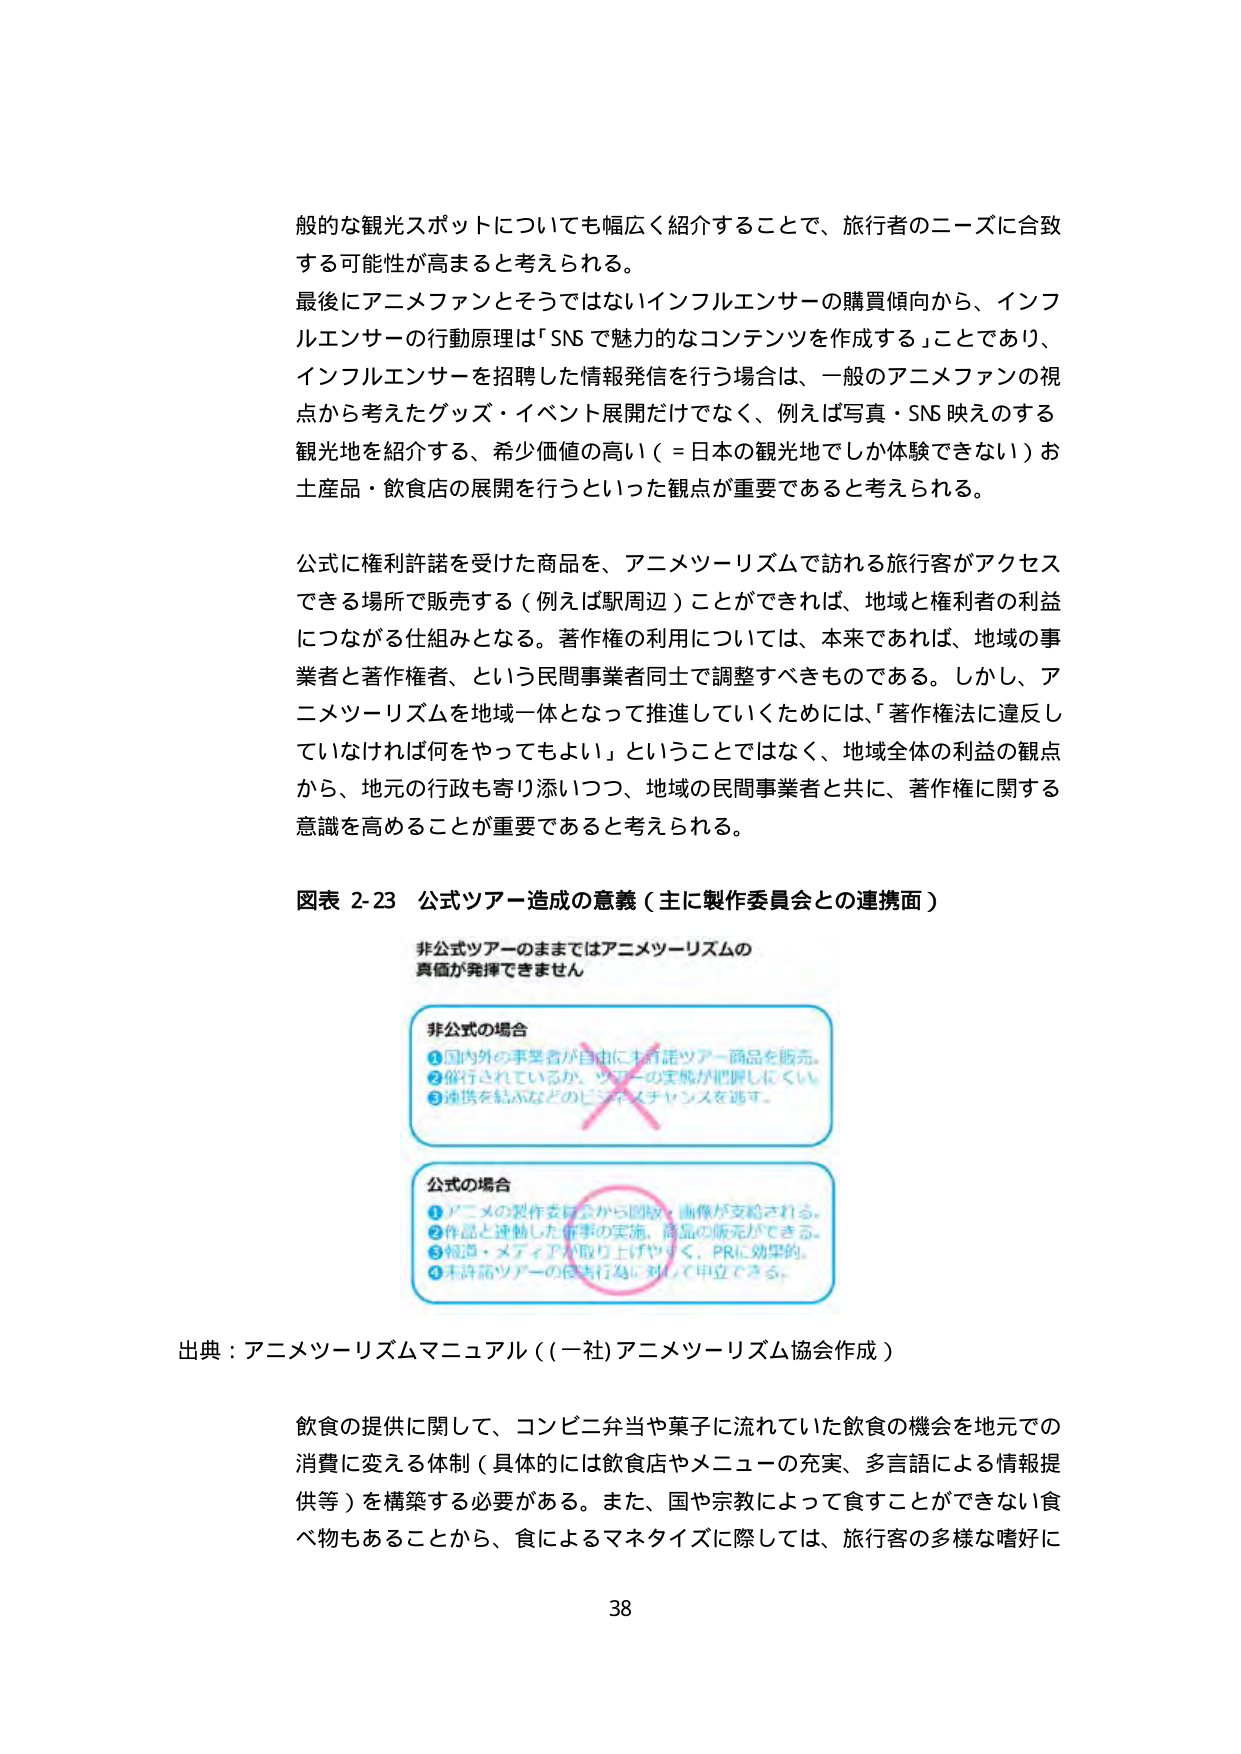
般的な観光スポットについても幅広く紹介することで、旅行者のニーズに合致する可能性が高まると考えられる。

最後にアニメファンとそうではないインフルエンサーの購買傾向から、インフルエンサーの行動原理は「SNS で魅力的なコンテンツを作成する」ことであり、インフルエンサーを招聘した情報発信を行う場合は、一般のアニメファンの視点から考えたグッズ・イベント展開だけでなく、例えば写真・SNS 映えのする観光地を紹介する、希少価値の高い（＝日本の観光地でしか体験できない）お土産品・飲食店の展開を行うといった観点が重要であると考えられる。

公式に権利許諾を受けた商品を、アニメツーリズムで訪れる旅行客がアクセスできる場所で販売する（例えば駅周辺）ことができれば、地域と権利者の利益につながる仕組みとなる。著作権の利用については、本来であれば、地域の事業者と著作権者、という民間事業者同士で調整すべきものである。しかし、アニメツーリズムを地域一体となって推進していくためには、「著作権法に違反していなければ何をやってもよい」ということではなく、地域全体の利益の観点から、地元の行政も寄り添いつつ、地域の民間事業者と共に、著作権に関する意識を高めることが重要であると考えられる。

図表 2-23 公式ツアー造成の意義（主に製作委員会との連携面）

非公式ツアーのままではアニメツーリズムの
真価が発揮できません

非公式の場合
① 国内外の事業者が自由に未許諾ツアー商品を販売。
② 催行されているが、ツアーの実態が把握しにくい。
③ 連携を結ぶなどのビジネスチャンスを逃す。

公式の場合
① アニメの製作委員会から図版・画像が支給される。
② 作品と連動した催事の実施、商品の販売ができる。
③ 報道・メディアが取り上げやすく、PRに効果的。
④ 未許諾ツアーの侵害行為に対して申立できる。

出典：アニメツーリズムマニュアル（(一社)アニメツーリズム協会作成）

飲食の提供に関して、コンビニ弁当や菓子に流れていた飲食の機会を地元での消費に変える体制（具体的には飲食店やメニューの充実、多言語による情報提供等）を構築する必要がある。また、国や宗教によって食すことができない食べ物もあることから、食によるマネタイズに際しては、旅行客の多様な嗜好に

38